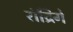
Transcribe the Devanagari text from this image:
रॉद्रिगे